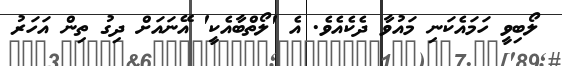
ލޯބިވީ ހަމައެކަނި މައުވާ ދެކެއެވެ. އެ 'ލޯތްބާއެކީ' އޭނައަށް ދިގު ތިން އަހަރު